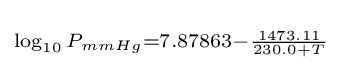
\scriptstyle \log _{10}{P_{mmHg}}=7.87863-{\frac {1473.11}{230.0+T}}